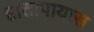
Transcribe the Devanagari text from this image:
हातापायास